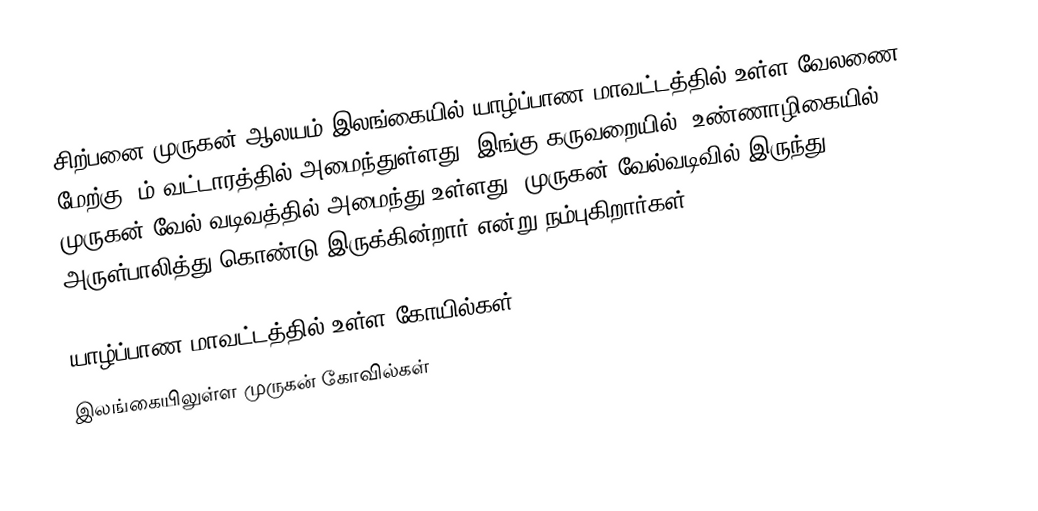
சிற்பனை முருகன் ஆலயம் இலங்கையில் யாழ்ப்பாண மாவட்டத்தில் உள்ள வேலணை மேற்கு 7ம் வட்டாரத்தில் அமைந்துள்ளது. இங்கு கருவறையில் (உண்ணாழிகையில்)  முருகன் வேல் வடிவத்தில் அமைந்து உள்ளது. முருகன் வேல்வடிவில்  இருந்து அருள்பாலித்து கொண்டு இருக்கின்றார் என்று நம்புகிறார்கள்.

யாழ்ப்பாண மாவட்டத்தில் உள்ள கோயில்கள்
இலங்கையிலுள்ள முருகன் கோவில்கள்